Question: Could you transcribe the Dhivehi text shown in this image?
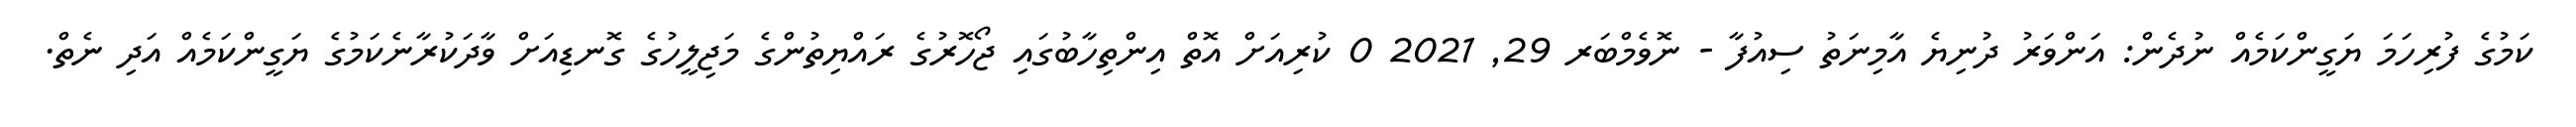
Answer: ކަމުގެ ފުރިހަމަ ޔަގީންކަމެއް ނުދެން: އަންވަރު ދުނިޔެ އާމިނަތު ސިއުފާ - ނޮވެމްބަރ 29, 2021 0 ކުރިއަށް އޮތް އިންތިހާބުގައި ޖޯހޮރުގެ ރައްޔިތުންގެ މަޖިލީހުގެ ގޮނޑިއަށް ވާދަކުރާނެކަމުގެ ޔަގީންކަމެއް އަދި ނެތް.